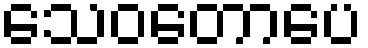
သေဝတောပေ